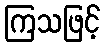
ကြသဖြင့်